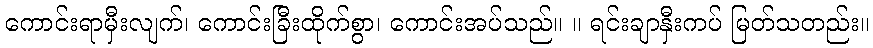
ကောင်းရာမှီးလျက်၊ ကောင်းခြီးထိုက်စွာ၊ ကောင်းအပ်သည်။ ။ ရင်းချာနှီးကပ် မြတ်သတည်း။